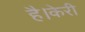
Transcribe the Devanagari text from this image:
है।केरी